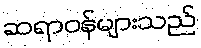
ဆရာဝန်များသည်